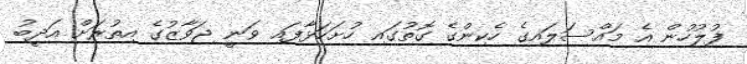
ފުލުހުން އެ މައްސަލައިގެ ހެކިންގެ ގޮތުގައި ހުށަހަޅާފައި ވަނީ ޖަވާޒުގެ އިތުރަށް އަދީބު